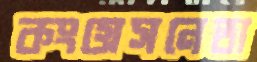
কংগ্রেসনেতা